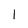
Character: l